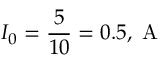
I _ { 0 } = \frac { 5 } { 1 0 } = 0 . 5 , \mathrm { ~ A ~ }